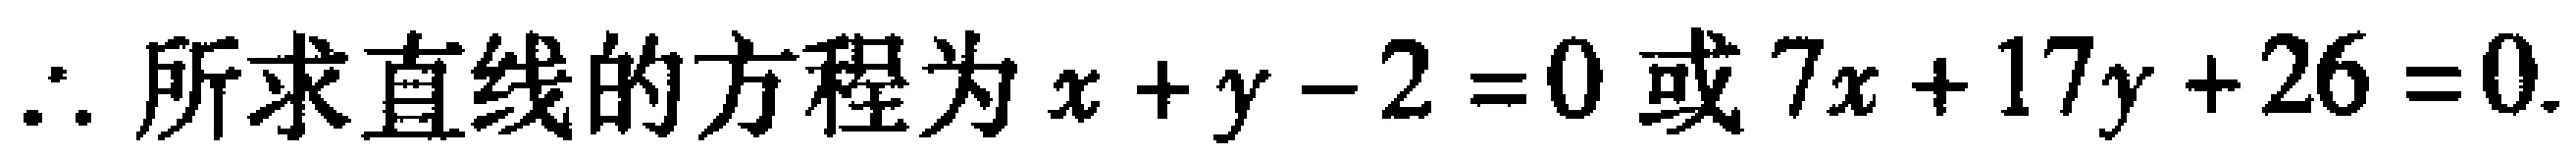
\(\therefore\)所求直线的方程为\(x + y - 2 = 0\)或\(7x + 17y + 26 = 0\).